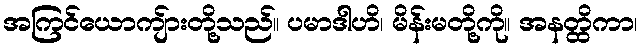
အကြင်ယောကျ်ားတို့သည်။ ပမာဒါဟိ၊ မိန်းမတို့ကို။ အနတ္ထိကာ၊